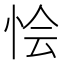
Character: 𢙓